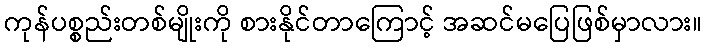
ကုန်ပစ္စည်းတစ်မျိုးကို စားနိုင်တာကြောင့် အဆင်မပြေဖြစ်မှာလား။